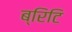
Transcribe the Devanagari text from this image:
ब्रिटि